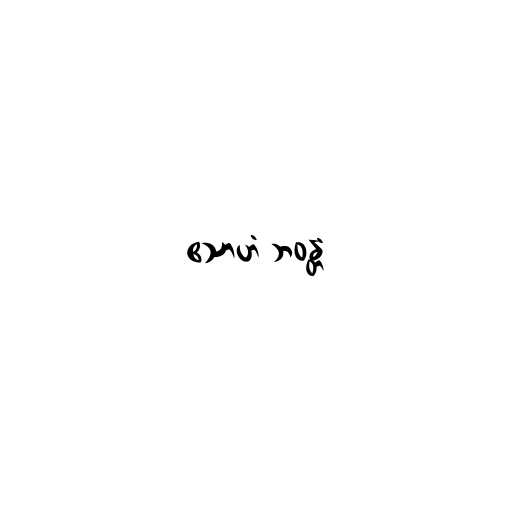
ဧသာဟံ ဘဝန္တံ